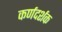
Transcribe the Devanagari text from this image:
कर्णदर्शक